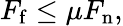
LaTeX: F_{\mathrm{f}}\leq\mu F_{\mathrm{n}},